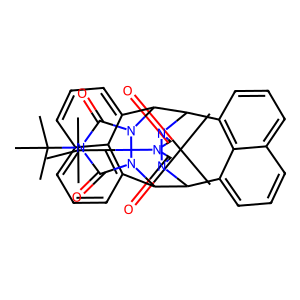
SMILES: CC(C)(C)n1c(=O)n2n(c1=O)C1c3cccc4cccc(c34)C2C2c3cccc4cccc(c34)C1n1c(=O)n(C(C)(C)C)c(=O)n12
Inhibits HIV replication: No